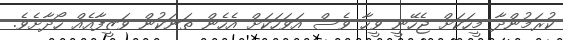
ކުރަމުންދާ މީހަކަށް ޖެހޭނީ ވީހާ ވެސް އަވަހަކަށް އެހެން ތަނަކުން ވަޒީފާއެއް ހޯދާށެވެ.